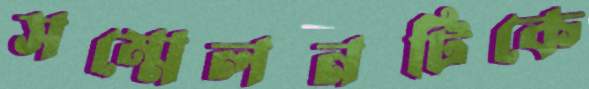
সম্মেলনটিকে